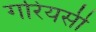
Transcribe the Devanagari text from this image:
गरियसी